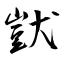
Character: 獃